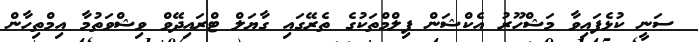
ސަނީ ކުޅެފައިވާ މަޝްހޫރު އެކްޝަން ފިލްމްތަކުގެ ތެރޭގައި ގާޔަލް ޓްރައިދޭވް ވިޝްވަތުމާ އިމްތިހާން